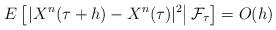
LaTeX: \begin{align*}E\left[\left.|X^n(\tau+h)- X^n(\tau)|^2\right| \mathcal{F}_\tau\right] =O(h)\end{align*}